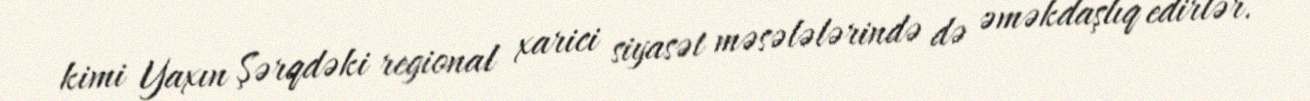
kimi Yaxın Şərqdəki regional xarici siyasət məsələlərində də əməkdaşlıq edirlər.